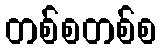
တစ်စတစ်စ